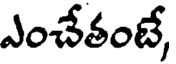
ఎంచేతంటే,